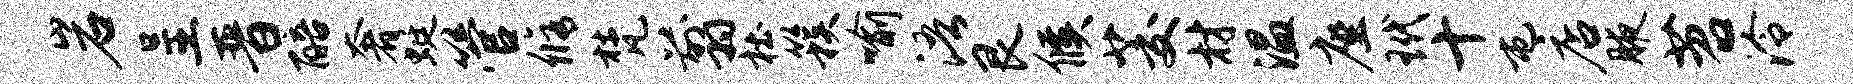
岩呈晋醅奢蜓管修梵翦杜簇喻浯艮候茭材温座玳十屯店腋苕泠